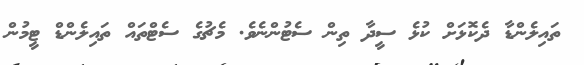
ތައިލެންޑާ ދެކޮޅަށް ކުޅެ ސީދާ ތިން ސެޓުންނެވެ. މެޗުގެ ސެޓްތައް ތައިލެންޑް ޓީމުން